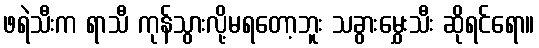
ဖရဲသီးက ရာသီ ကုန်သွားလို့မရတော့ဘူး သခွားမွှေးသီး ဆိုရင်ရော။